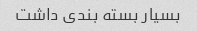
بسیار بسته بندی داشت